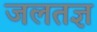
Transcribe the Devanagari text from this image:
जलतज्ञ